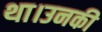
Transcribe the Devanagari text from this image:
था।उनकी